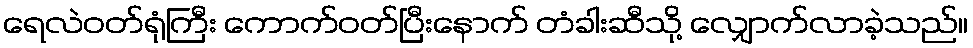
ရေလဲဝတ်ရုံကြီး ကောက်ဝတ်ပြီးနောက် တံခါးဆီသို့ လျှောက်လာခဲ့သည်။